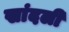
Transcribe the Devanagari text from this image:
खांदली